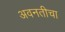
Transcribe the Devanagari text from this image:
अवनतीचा